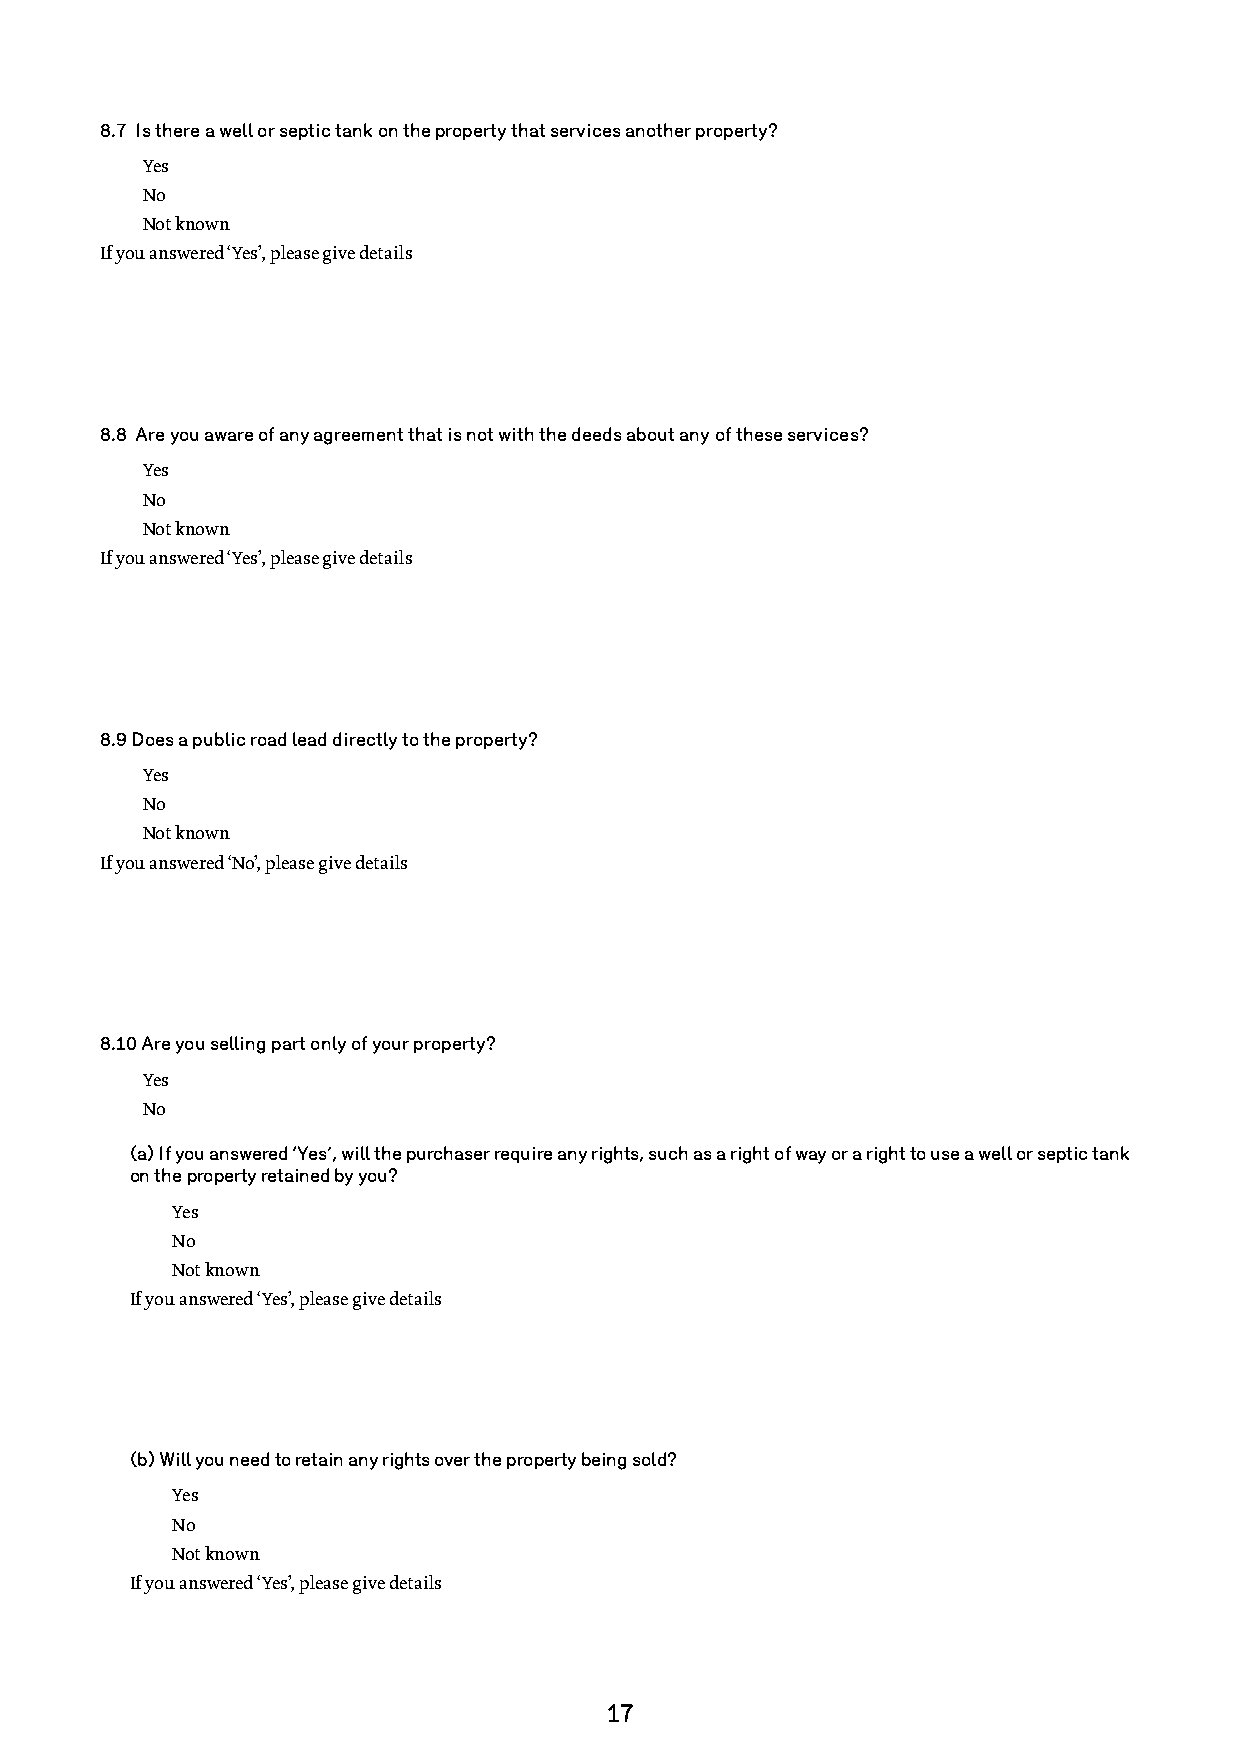
8.7 Is there a well or septic tank on the property that services another property?
 Yes
 No
 Not known
 If you answered ‘Yes’, please give details
 8.8 Are you aware of any agreement that is not with the deeds about any of these services?
 Yes
 No
 Not known
 If you answered ‘Yes’, please give details
 8.9 Does a public road lead directly to the property?
 Yes
 No
 Not known
 If you answered ‘No’, please give details
 8.10 Are you selling part only of your property?
 Yes
 No
 (a) If you answered ‘Yes’, will the purchaser require any rights, such as a right of way or a right to use a well or septic tank
 on the property retained by you?
 Yes
 No
 Not known
 If you answered ‘Yes’, please give details
 (b) Will you need to retain any rights over the property being sold?
 Yes
 No
 Not known
 If you answered ‘Yes’, please give details
 17